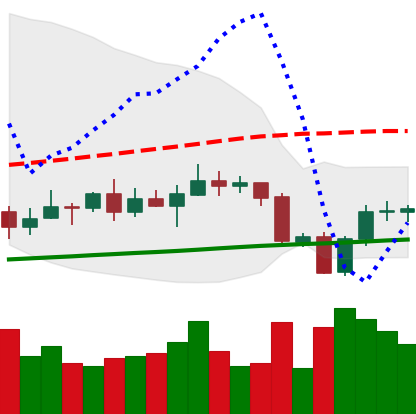
Ticker: XRP-USD
Chart end date: 2020-09-27
Forward return: -3.558%
Label: down_3_5